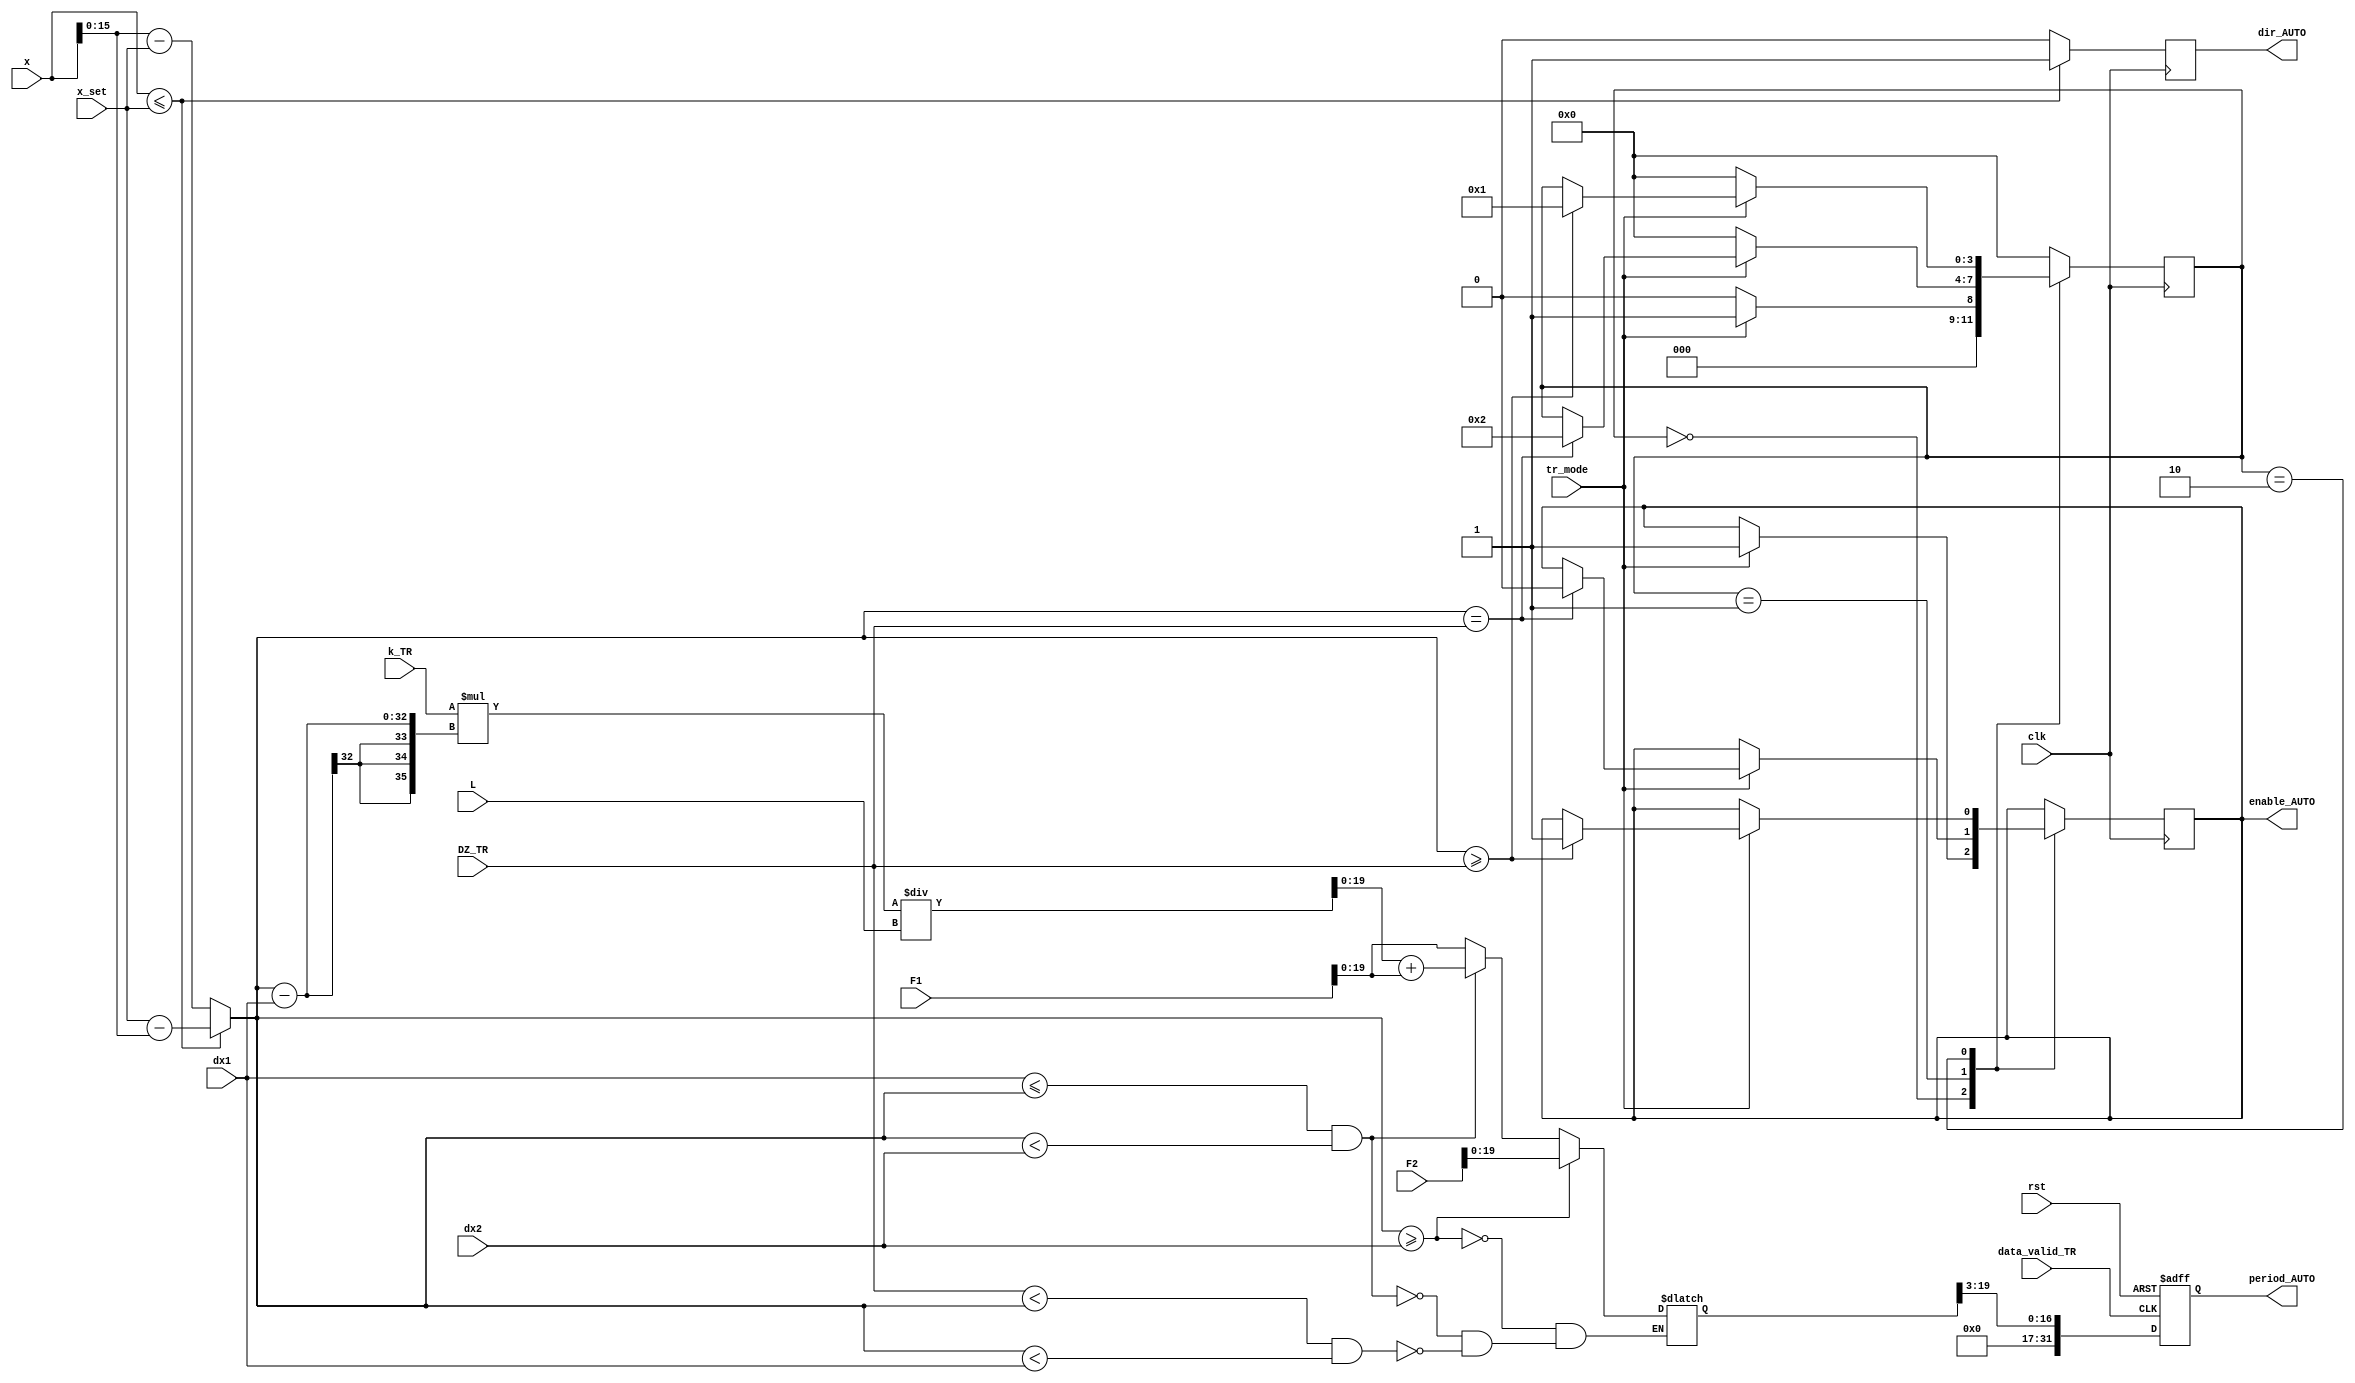
module TR_AUTO  //       
#(
parameter  WIDTH_IN        			= 12,   		// x, x_set, d_x,
parameter  WIDTH_AUTO      			= 16   			// dx1,dx2,v1,v2,v,N,count 
)
(
output reg                      	enable_AUTO,   //   ,  TR
									dir_AUTO,	   //   ,  TR 

output reg [2*WIDTH_AUTO-1:0]  		period_AUTO,   //  ,  TR 

input wire          		   		clk,            // 50 MHz
									rst,            // reset
                   	 		   		data_valid_TR,  //  
                    		   		tr_mode, 		// enable signal, outsignal
 
input [WIDTH_IN-1:0]    			x_set,          // TABLE
input [2*WIDTH_AUTO-1:0]  			x,              // ADC
          					   		dx1, 
							   		dx2,  
          					   		F1,
							   		F2,
									L,
									DZ_TR, 

input [WIDTH_AUTO+3:0]		   	    k_TR 			//    						   
);

reg [WIDTH_AUTO-1:0]    	 		d_x;           // d_x=x-x_set									
reg 		               	   		sign_TR;       //           

reg [3:0]			               	state_auto=0;   

reg [35:0]        					n_async;       // amount of pulse [35:0]

//-------------------------- ON/OFF WORK ------------------------------------------------------------------------------------
localparam
	START_TR      	= 0,   // state_auto 1 - on/off
	TO_ZERO_TR      = 1,   // state_auto 2 - d_x->0
	PASS_DZ_TR    	= 2;   // state_auto 3 - d_x in DZ_TR

always@(posedge clk)
begin
case(state_auto)

  START_TR:    // state_auto 1 - on/off
  begin
    if(tr_mode == 1)
      begin
        state_auto <= TO_ZERO_TR;     	           
        enable_AUTO <= 1;
      end 
    else begin
      state_auto <= START_TR;
    end
  end 

  TO_ZERO_TR:     // state_auto 2 - d_x->0
  begin
     if (tr_mode == 0)
          begin
            state_auto <= START_TR;            
          end       
     else if(d_x==DZ_TR)
          begin
            state_auto <= PASS_DZ_TR;               
            enable_AUTO <= 0;
          end 
   end 

   PASS_DZ_TR: // state_auto 3 - d_x=0 DZ_TR
   begin
      if (tr_mode == 0)
          begin
            state_auto <= START_TR;            
          end   
     else if (d_x >= DZ_TR)
          begin
            state_auto <= TO_ZERO_TR;             
            enable_AUTO <= 1;
          end 
   end  
     
default
  state_auto <= START_TR;                       
endcase     
end
//-----------------------------------------------------------------------------------------------------------------------------

//------------------------------	number sign ---------------------------------------------------------------------------------
	always @(*)
	begin
	  if (x <= x_set)
	    begin
	      d_x = x_set - x;
	      sign_TR = 0;
	      end
	   else 
	   begin
	     d_x = x - x_set;
	     sign_TR = 1;
	   end   
	  end
//------------------------------------------------------------------------------------------------------------------------------	          

//------------------ determination of dir_auto --------------------------------------------------------------------------------	
always@(posedge clk)  // checkdir_auto 
	    begin 
	      if (sign_TR == 0)
	        begin
		     dir_AUTO <= 1;
	         end   
	     else
	         begin 
		     dir_AUTO <= 0; 
	     	   end     	   
  end 
//-------------------------------------------------------------------------------------------------------------------------------

//------------ finding N-async (number of pulse)----------------------------------------------------------------------------------------------
always@(*)                 
begin     // check position of d_x
		if (d_x >= dx2)                          
		  	begin                                  
				n_async <= F2;
			end
	
		else if( (dx1 <= d_x) && (d_x < dx2))
			begin                           
				n_async <= ((k_TR * ( d_x - dx1)) / L) + F1;
			end	
		
	 	else if ((DZ_TR < d_x) && (d_x < dx1))
			begin                                
				n_async <= F1;
			end					
end
//------------------------------------------------------------------------------------------------------------------------------------------

//--------------------------- d-trigger for N (needed period)---------------------------------------------------------------------------------------
always@(posedge data_valid_TR or posedge rst)  //cheak a condition
begin
	if(rst)
		begin
			period_AUTO <= 0; 		                    // not write data
		end	
	else if (data_valid_TR == 1)
		begin
			period_AUTO <= n_async[19:3];	            // write data
		end
end


endmodule